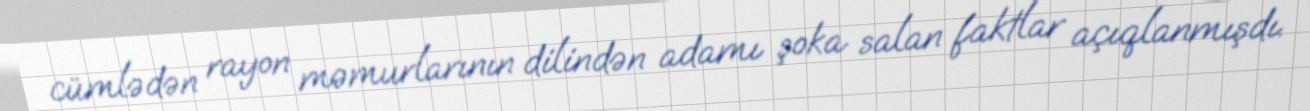
cümlədən rayon məmurlarının dilindən adamı şoka salan faktlar açıqlanmışdı.